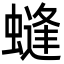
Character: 䗦